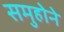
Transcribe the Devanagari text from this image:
समुहोने